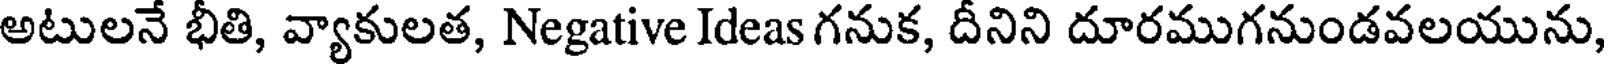
అటులనే భీతి, వ్యాకులత, Negative Ideas గనుక, దీనిని దూరముగనుండవలయును,